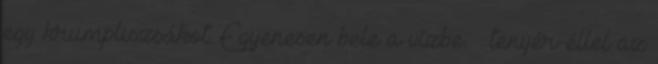
egy krumpliszsákot. Egyenesen bele a vízbe. – tenyér-éllel az